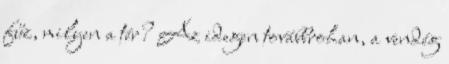
fűz, milyen a tér? Az idegen továbbrohan, a vendég